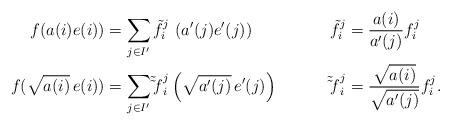
LaTeX: \begin{align*} f(a(i) e(i)) &= \sum_{j\in I'}{\tilde f}_{i}^j \, \left( a'(j) e'(j)\right) & \tilde f_{i}^j & = \frac{a(i)}{a'(j)} f_{i}^j\\ f( \sqrt { a(i)}\, e(i)) &= \sum_{j\in I'}{\tilde \tilde f}_{i}^j \left(\sqrt { a'(j)}\, e'(j)\right) &{\Tilde \Tilde f}_{i}^j & = \frac{\sqrt {a(i)}}{\sqrt{a'(j)}} f_{i}^j.\end{align*}